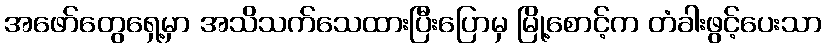
အဖော်တွေရှေ့မှာ အသိသက်သေထားပြီးပြောမှ မြို့စောင့်က တံခါးဖွင့်ပေးသာ